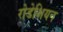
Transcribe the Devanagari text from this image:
रोडेशियन